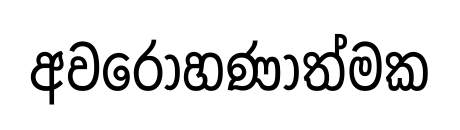
අවරෝහණාත්මක